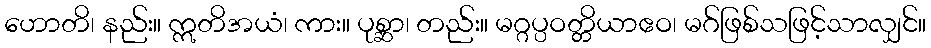
ဟောတိ၊ နည်း။ ဣတိအယံ၊ ကား။ ပုစ္ဆာ၊ တည်း။ မဂ္ဂပ္ပဝတ္တိယာဧဝ၊ မဂ်ဖြစ်သဖြင့်သာလျှင်။